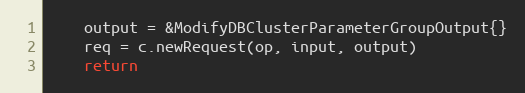
Language: Go
	output = &ModifyDBClusterParameterGroupOutput{}
	req = c.newRequest(op, input, output)
	return